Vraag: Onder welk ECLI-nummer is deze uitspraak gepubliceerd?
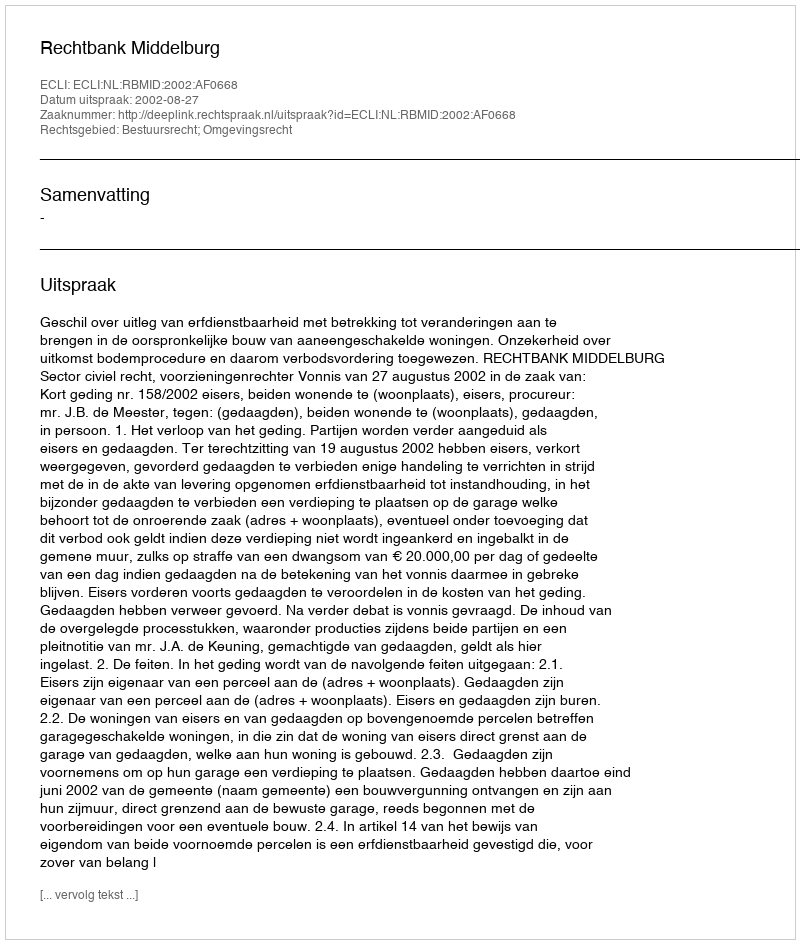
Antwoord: ECLI:NL:RBMID:2002:AF0668